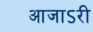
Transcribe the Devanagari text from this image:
आजाऽरी